Vaccination in Bombay 1869-1873 - 1869-1873
Year: 1869
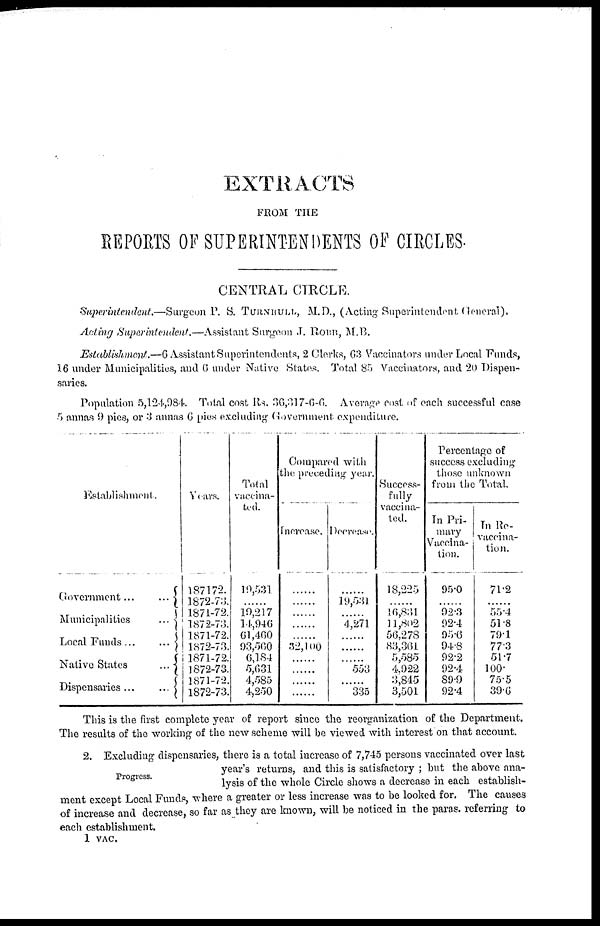
EXTRACTS
FROM THE
REPORTS OF SUPERINTENDENTS OF CIRCLES.
CENTRAL CIRCLE.
Superintendent.—Surgeon P. S. TURNBULL, M.D., (Acting Superintendent General).
Acting Superintendent.—Assistant Surgeon J. ROBB, M.B.
Establishment.—6 Assistant Superintendents, 2 Clerks, 63 Vaccinators under Local Funds,
16 under Municipalities, and 6 under Native States. Total 85 Vaccinators, and 20 Dispen-
saries.
Population 5,124,984. Total cost Rs. 36,317-6-6. Average cost of each successful case
5 annas 9 pies, or 3 annas 6 pies excluding Government expenditure.
Establishment.
Government...
...
Municipalities
...
Local
Funds...
...
Native States
...
Dispensaries ...
...
Years.
1871-72.
1872-73.
1871-72.
1872-73.
1871-72.
1872-73.
1871-72.
1872-73.
1871-72.
1872-73.
Total
vaccina-
ted.
19,531
......
19,217
14,946
61,460
93,560
6,184
5,631
4,585
4,250
Compared with
the preceding year.
Increase.
......
......
......
......
......
32,100
......
......
......
......
Decrease.
......
19,531
......
4,271
......
......
......
553
......
335
Success-
fully
vaccina-
ted.
18,220
......
16,831
11,802
56,278
83,361
5,585
4,922
3,845
3,501
Percentage of
success excluding
those unknown
from the Total.
In Pri-
mary
Vaccina-
tion.
95.0
......
92.3
92.4
95.0
94.8
92.2
92.4
89.9
92.4
In Re¬
vaccina-
tion.
71.2
......
55.4
51.8
79.1
77.3
51.7
100.
75.5
39.6
This is the first complete year of report since the reorganization of the Department.
The results of the working of the new scheme will be viewed with interest on that account.
Progress.
2. Excluding dispensaries, there is a total increase of 7,745 persons vaccinated over last
year's returns, and this is satisfactory ; but the above ana-
lysis of the whole Circle shows a decrease in each establish-
ment except Local Funds, where a greater or less increase was to be looked for. The causes
of increase and decrease, so far as they are known, will be noticed in the paras. referring to
each establishment.
1 VAC.